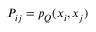
P _ { i j } = p _ { Q } ( x _ { i } , x _ { j } )